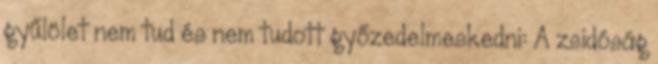
gyűlölet nem tud és nem tudott győzedelmeskedni: A zsidóság